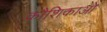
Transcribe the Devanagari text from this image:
कौशिकाओ